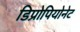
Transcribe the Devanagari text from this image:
डिप्रोपियोनेट